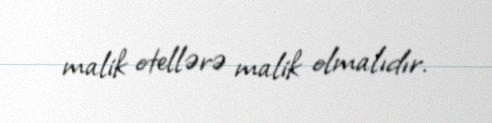
malik otellərə malik olmalıdır.